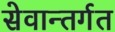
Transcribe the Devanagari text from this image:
सेवान्तर्गत